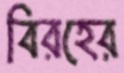
বিরহের